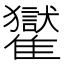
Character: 𩁓